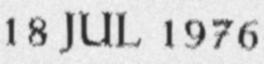
18 JUL 1976